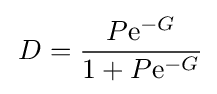
\,D={\frac {P\mathrm {e} ^{-G}}{1+P\mathrm {e} ^{-G}}}